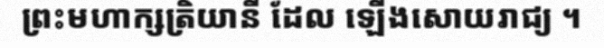
ព្រះមហាក្សត្រិយានី ដែល ឡើងសោយរាជ្យ ។